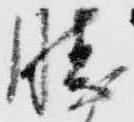
勝